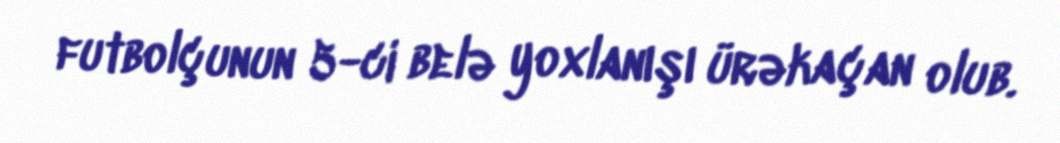
futbolçunun 5-ci belə yoxlanışı ürəkaçan olub.